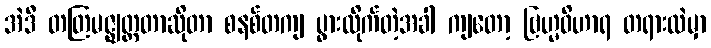
အဲဒီ တတြမဇ္ဈတ္တတာဆိုတာ စနစ်တကျ ပွားလိုက်တဲ့အခါ ကျတော့ ဗြဟ္မဝိဟာရ တရားထဲမှာ